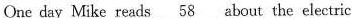
One day Mike reads \underline{58} about the electric